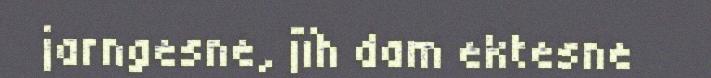
jarngesne, jïh dam ektesne